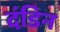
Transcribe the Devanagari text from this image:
दंडिन